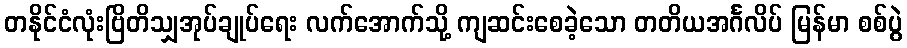
တနိုင်ငံလုံးဗြိတိသျှအုပ်ချုပ်ရေး လက်အောက်သို့ ကျဆင်းစေခဲ့သော တတိယအင်္ဂလိပ် မြန်မာ စစ်ပွဲ